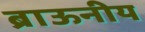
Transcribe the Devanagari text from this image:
ब्राऊनीय